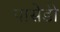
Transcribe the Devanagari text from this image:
पासेडी